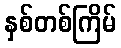
နှစ်တစ်ကြိမ်